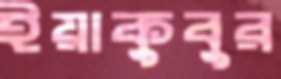
ইয়াকুবুর